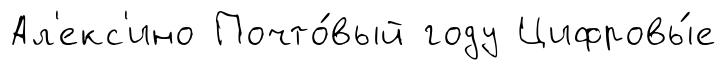
Ал'екс'ино Почто́вый году Цифровы́е